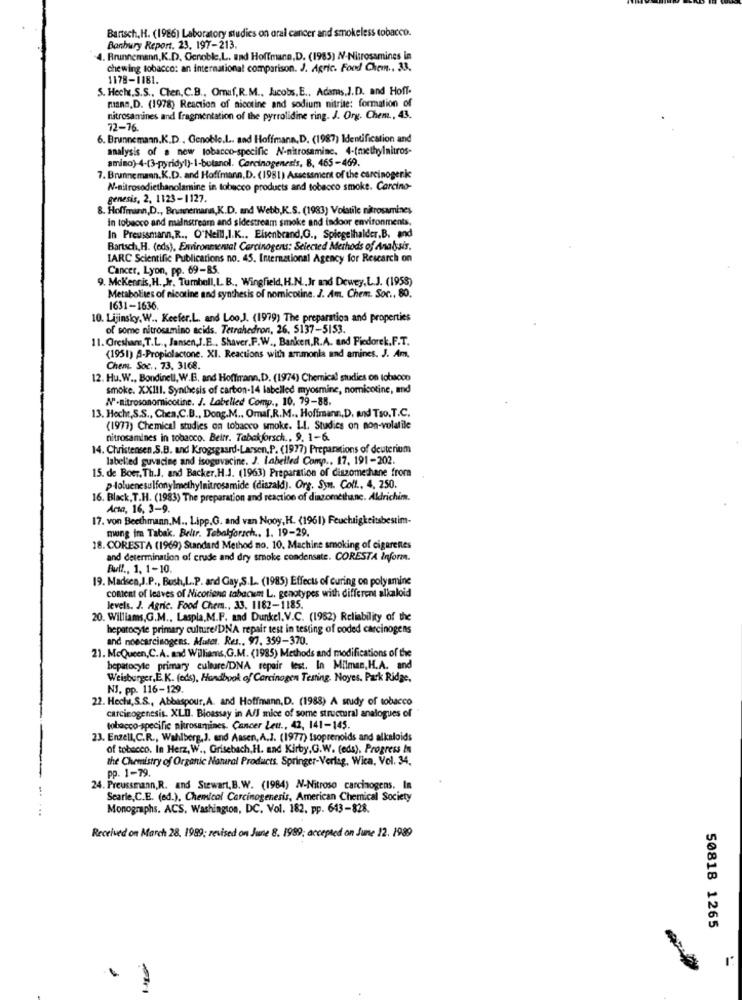
Bartsch, H. (1986) Laboratory studies on oral cancer and smokeless tobacco.
Banbury Report. 23. 197-213.
4. Brunnemann, K.D. Genoble,L. and Hoffmane,D. (1985) N-Nitrosamines in
chewing tobacco: an international comparison. J. Agric. Food Chem .. 33.
1178-1181.
5. Hech.S.S ., Chen, C.B ., Omuf,R.M ., Jucobs. E .. Adams.J.D. and Hoff-
mann. D. (1978) Reaction of nicotine and sodium nitrite: formation of
nitrosamines and fragmentation of the pyrrolidine ring. J. Org. Chem ., 43.
72-76.
6. Brunnemann.K.D ., Genoble.L. and Hoffmann, D. (1987) Identification and
analysis of a new tobacco-specific N-nitrosaminc. 4-(methylnitros-
amino)-4-(3-pridyl)-1-butanol. Carcinogenesis, 8, 465-469.
7. Brunnemann. K.D. and Hoffmann,D. (1981) Assessment of the carcinogenic
N-nitrosodiethanolamine in tobacco products and tobacco smoke. Carcino-
genesis, 2. 1123-1127.
8. Hoffmann,D ., Brunnemann,K.D. and Webb,K.S. (1983) Volatile nitrosamines
in tobacco and mainstream and sidestream smoke and indoor environments.
In Preussmann, R ., O"Neill,I.K ., Eisenbrand,G ., Spiegelhalder.B. and
Bartsch,H. (eds), Environmental Carcinogens: Selected Methods of Analysis.
IARC Scientific Publications no. 45. Imemnational Agency for Research on
Cancer, Lyon, pp. 69-85.
9. Mckennis, H ., Jr, Tumbell,L.B ., Wingfield, H.N ., Jr and Dewey,L.J. (1958)
Metabolites of nicotine and synthesis of nomicotine. J. Am. Chem. Sor ., 80.
1631-1636.
10. Lijinsky, W ., Keefer.L. and Loo.J. (1979) The preparation and properties
of some nitrosamino acids. Tetrahedron, 26. 5137-5153.
11. Gresham, T.L ., Jansen,J.E ., Shaver.F.W ., Banken,R.A. and Fiedorek.F.T.
(1951) A-Propiolactone. XI. Reactions with ammonia and amines. J. Am,
Chem. Soc ., 73, 3168.
12. Hu.W ., Bondinell, W.B, and Hoffmann,D. (1974) Chemical studies on tobacco
smoke. XXIII. Synthesis of carbon-14 labelled myosmine, nomicotine, and
N-nitrosonomnicotine. J. Labelled Comp ., 10, 79-88.
13. Hecht,S.S ., Chea,C.B ., Dong.M ., Omal.R.M .. Hoffmann,D. and Tso. T.C.
(1977) Chemical studies on tobacco smoke. LI. Studies on non-volatile
nitrosamines in tobacco. Beitr. Tabakforsch ., 9. 1-6.
14. Christensen,S.B. and Krogsgaard-Larsen,P. (1977) Preparations of deuterium
labelled guvacine and isoguvacine. J. Labelled Comp .. 17, 191-202.
15. de Boer, Th.J. and Backer. H.J. (1963) Preparation of diszomethane from
p-loluene sulfonylmethylnitrosamide (diszald). Org. Syn. Colt ., 4, 250.
16. Black, T.H. (1983) The preparation and reaction of diazomethane. Aldrichim.
Acta, 16, 3-9.
17. von Beethmann.M ., Lipp.G. and van Nooy,H. (1961) Feuchtigkeitsbestim-
mwung im Tabak. Beltr. Tebakforsch .. 1. 19-29.
18. CORESTA (1969) Standard Method no. 10. Machine smoking of cigarettes
and determination of crude and dry smoke condensate. CORESTA Inform.
Bull ., 1. 1-10.
19. Madsen,J.P ., Bush,L.P. and Gay,S.L. (1985) Effects of curing on polyamine
coment of leaves of Nicotiana tabacum L. genotypes with different alkaloid
levels. J. Agric. Food Chem ., 33, 1182-1185.
20. Williams,G.M ., Laspia,M.F. and Dunkel.V.C. (1982) Reliability of the
hepatocyte primary culture/DNA repair test in testing of coded carcinogens
and noecarcinogens. Mutet. Res ., 97, 359-370.
21. McQueen,C.A. and Williams, G.M. (1985) Methods and modifications of the
hepatocyte primary culture/DNA repair test. In Milman, H.A. and
Weisburger, E.K. (ods), Handbook of Carcinogen Testing, Noyes, Park Ridge,
NJ. pp. 116-129.
22. Hecht,S.S ., Abbaspour, A. and Hoffmann, D. (1988) A study of tobacco
carcinogenesis. XLD. Bioassay in A/l mice of some structural analogues of
tobacco-specific nitrosamines, Cancer Les ., 42, 141-145.
23. Enzell,C.R ., Wahlberg,J. and Aasen, A.J. (1977) Isoprenoids and alkaloids
of tobacco. In Herz, W ., Grisebach, H. and Kirby,G.W. (eds), Progress In
the Chemistry of Organic Natural Products. Springer-Verlag, Wica, Vol. 34.
pp. 1-79.
24. Preussmann,R. and Stewart, B.W. (1984) N-Nitroso carcinogens. In
Searle,C.E. (ed.), Chemical Carcinogenesis, American Chemical Society
...
Monographs. ACS. Washington, DC. Vol. 182, pp. 643-828.
Received on March 28, 1989; revised on June 8. 1989; accepted on June 12. 1989
50818 1265
.